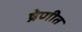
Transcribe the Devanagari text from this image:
ष्रेणीत